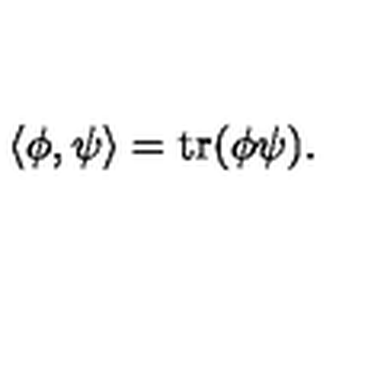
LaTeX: \langle \phi , \psi \rangle = \mathrm { t r } ( \phi \psi ) .